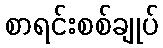
စာရင်းစစ်ချုပ်